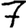
Digit: 7